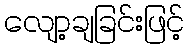
လျော့ချခြင်းဖြင့်